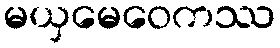
မယှမေဝေကဿ